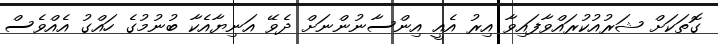
ގޮތަކަށް ޝަރުއުކުރައްވާފައިވާ އިރު އެއީ އިންސާނުންނަށް ދެވޭ އަނިޔާއެކާ ބުނުމުގެ ހައްގު އެއްވެސް